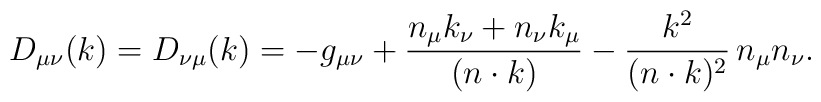
D_{\mu\nu}(k)= D_{\nu\mu}(k)= -g_{\mu\nu} + \frac{n_{\mu}k_{\nu}+n_{\nu}k_{\mu}}{(n\cdot k)} - \frac {k^{2}}{(n\cdot k)^{2}} \, n_{\mu}n_{\nu}.